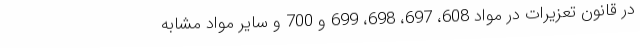
در قانون تعزیرات در مواد 608، 697، 698، 699 و 700 و سایر مواد مشابه